Document type: Enfranchisement
Year: 1297
Scribe: Jaume de Trilla
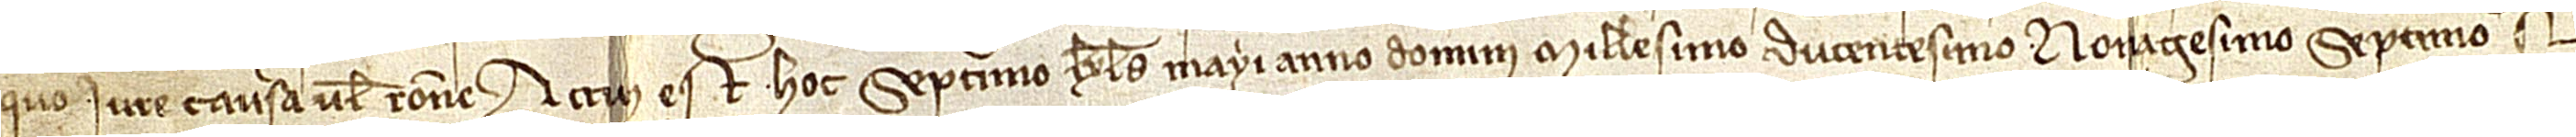
quo iure, causa vel ratione.  Actum est hoc septimo kalendas mayi, anno Domini millesimo ducentesimo nonagesimo septimo. Sig